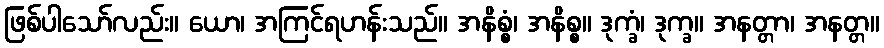
ဖြစ်ပါသော်လည်း။ ယော၊ အကြင်ရဟန်းသည်။ အနိစ္စံ၊ အနိစ္စ။ ဒုက္ခံ၊ ဒုက္ခ။ အနတ္တာ၊ အနတ္တ။